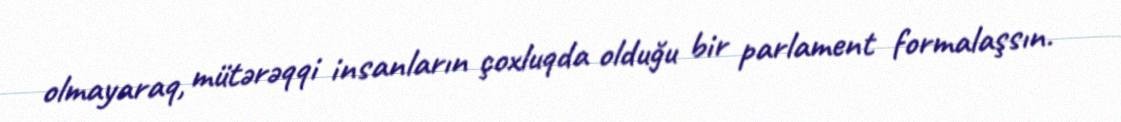
olmayaraq, mütərəqqi insanların çoxluqda olduğu bir parlament formalaşsın.